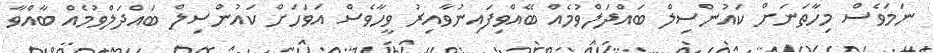
ނަމަވެސް މިހާތަނަށް ކައުންސިލް ބައްދަލްވުމެއް ބޭއްވިފައިނުވާއިރު ވީހާވެސް އަވަހަށް ކައުންސިލް ބައްދަލްވުމެއް ބާއްވާ